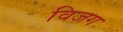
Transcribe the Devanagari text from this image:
विजग